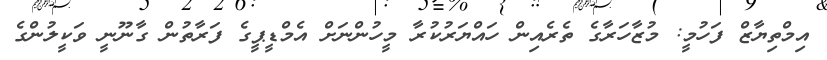
އިމްތިޔާޒް ފަހުމީ: މުޒާހަރާގެ ތެރެއިން ހައްޔަރުކުރާ މީހުންނަށް އެމްޑީޕީގެ ފަރާތުން ގާނޫނީ ވަކީލުންގެ